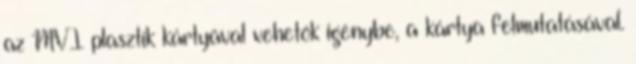
az MVI plasztik kártyával vehetők igénybe, a kártya felmutatásával.